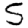
Digit: 5